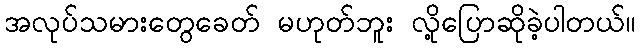
အလုပ်သမားတွေခေတ် မဟုတ်ဘူး လို့ပြောဆိုခဲ့ပါတယ်။